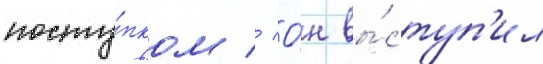
посту́пком // О́н вы́ступ'ил